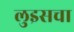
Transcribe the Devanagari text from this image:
लुइसचा